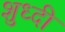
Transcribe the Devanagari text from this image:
शुध्दी